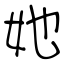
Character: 她